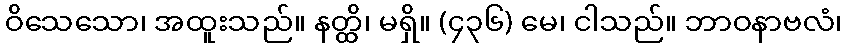
ဝိသေသော၊ အထူးသည်။ နတ္ထိ၊ မရှိ။ (၄၃၆) မေ၊ ငါသည်။ ဘာဝနာဗလံ၊